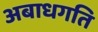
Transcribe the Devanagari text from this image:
अबाधगति